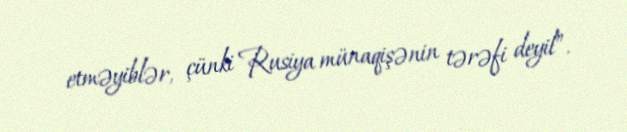
etməyiblər, çünki Rusiya münaqişənin tərəfi deyil”.